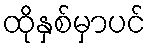
ထိုနှစ်မှာပင်